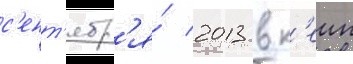
с'ент'ябр'я́ 2013 в к'еип